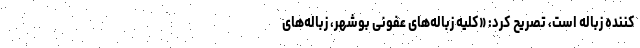
کننده زباله است، تصریح کرد: «کلیه زباله‌های عفونی بوشهر، زباله‌های